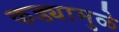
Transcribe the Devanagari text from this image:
कड्यामुळे